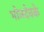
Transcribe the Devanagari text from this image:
भोजदेवके